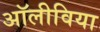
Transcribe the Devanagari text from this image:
अॉलीविया